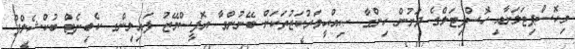
މިހޮސްޕިޓަލަށާއި ހޮސްޕިޓަލްގެ ދަށުން ހިންގާ ޞިއްޙީމަރުކަޒުތަކަށް ބޭނުންވާ އޮފީސްމޭޒު ފައިލިންގ ކެބިނެޓް ބުކްޝެލްފް